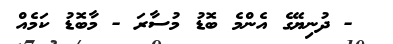
- ދުނިޔޭގެ އެންމެ ބޮޑު މުސާރަ - މާބޮޑު ކަމެއް